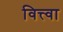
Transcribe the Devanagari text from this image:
वित्त्वा